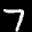
Label: 7